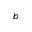
b